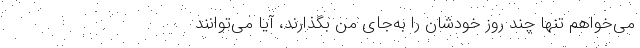
می‌خواهم تنها چند روز خودشان را به‌جای من بگذارند، آیا می‌توانند